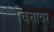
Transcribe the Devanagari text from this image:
चित्तावर